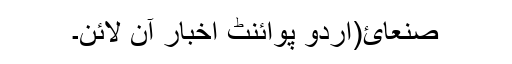
صنعائ(اُردو پوائنٹ اخبار آن لائن۔